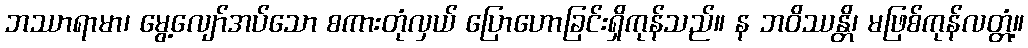
ဘဿာရာမာ၊ မွေ့လျော်အပ်သော စကားတုံလှယ် ပြောဟောခြင်းရှိကုန်သည်။ န ဘဝိဿန္တိ၊ မဖြစ်ကုန်လတ္တံ့။